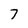
Character: 7